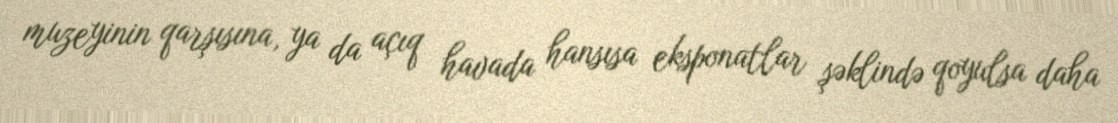
muzeyinin qarşısına, ya da açıq havada hansısa eksponatlar şəklində qoyulsa daha